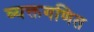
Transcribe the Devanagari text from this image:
व्यक्तगणित